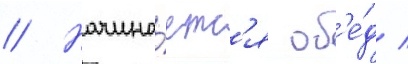
// Начина́етс'я об'е́д /